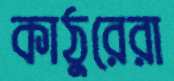
কাঠুরেরা